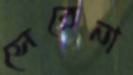
সেরেনা